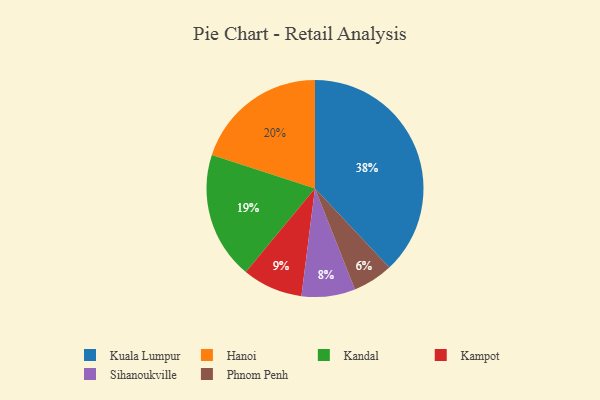
{"axis": {"x": "Category", "y": "Percentage"}, "legend": ["Hanoi", "Kampot", "Kandal", "Kuala Lumpur", "Phnom Penh", "Sihanoukville"], "data": [{"x": "Kampot", "y": 9, "type": "Kampot"}, {"x": "Hanoi", "y": 20, "type": "Hanoi"}, {"x": "Phnom Penh", "y": 6, "type": "Phnom Penh"}, {"x": "Sihanoukville", "y": 8, "type": "Sihanoukville"}, {"x": "Kuala Lumpur", "y": 38, "type": "Kuala Lumpur"}, {"x": "Kandal", "y": 19, "type": "Kandal"}]}